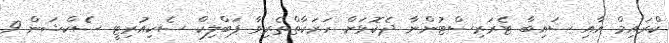
ކްރައިމް އާއި ސައިބާ ޓެރަރިސްޓުންނާ ދެކޮޅަށް ހަރަކާތްތެރިވާ ޕަބްލިކް ސެކިއުރިޓީ ސެކްޝަން 9